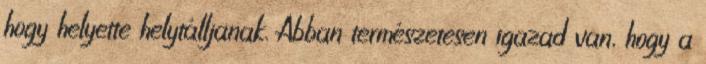
hogy helyette helytálljanak. Abban természetesen igazad van, hogy a